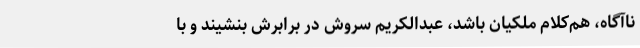
ناآگاه، هم‌کلام ملکیان باشد، عبد‌الکریم سروش در برابرش بنشیند و با